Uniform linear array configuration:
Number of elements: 64
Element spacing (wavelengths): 0.5
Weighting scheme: cosine
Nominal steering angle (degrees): -45
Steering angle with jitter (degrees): -45.245
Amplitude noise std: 0.05
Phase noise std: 0.05

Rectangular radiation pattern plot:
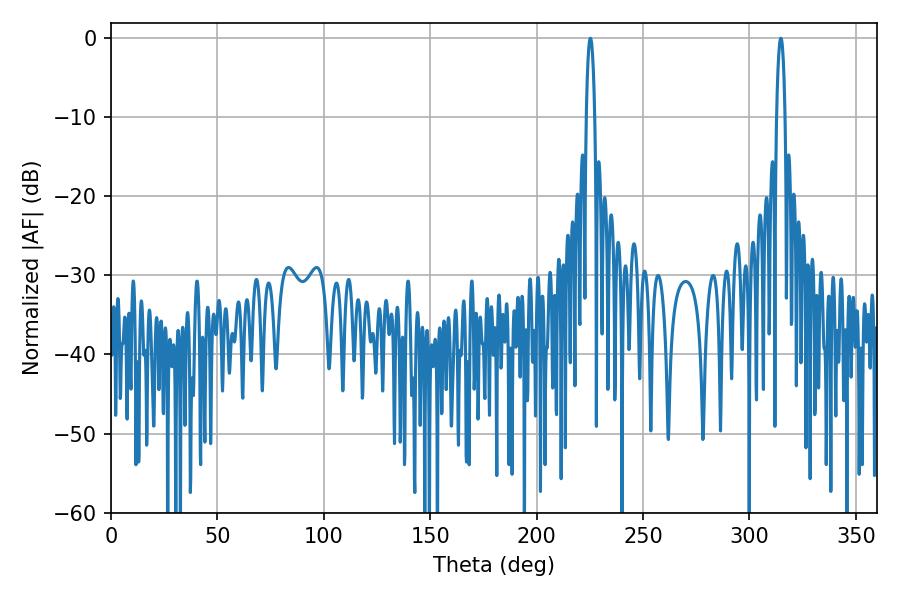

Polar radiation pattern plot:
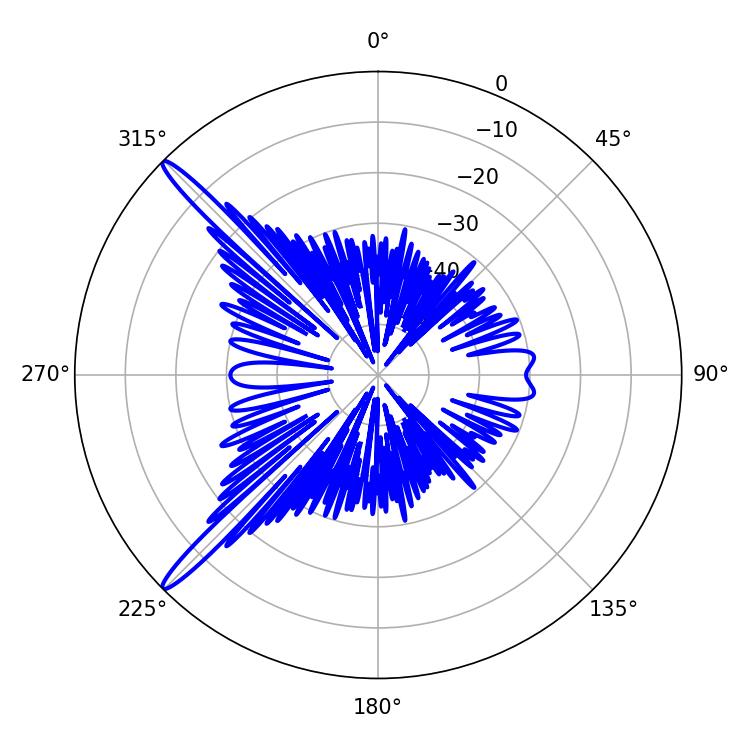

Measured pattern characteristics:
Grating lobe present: FALSE
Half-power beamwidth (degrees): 2.34
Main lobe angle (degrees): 225.18